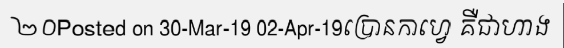
២០Posted on 30-Mar-19 02-Apr-19ប្រោនកាហ្វេ គឺជាហាង